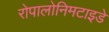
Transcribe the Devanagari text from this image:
रोपालोनिमटाइडे